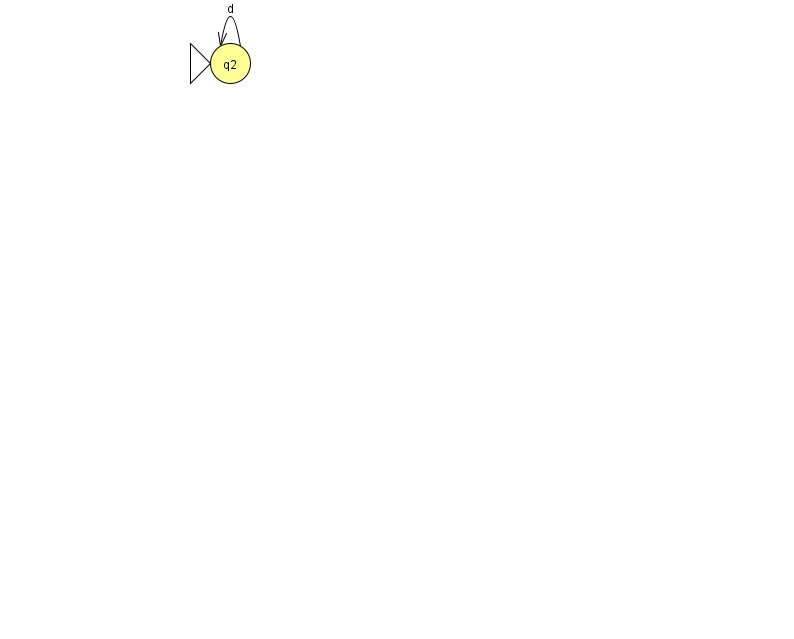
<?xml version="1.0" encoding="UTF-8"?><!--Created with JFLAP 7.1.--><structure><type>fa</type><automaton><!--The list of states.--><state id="2" name="q2"><x>230.0</x><y>50.0</y><initial/></state><!--The list of transitions.--><transition><from>2</from><to>2</to><read>d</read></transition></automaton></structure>